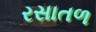
રસાતળ